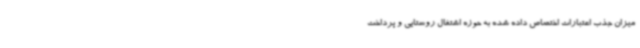
میزان جذب اعتبارات اختصاص داده شده به حوزه اشتغال روستایی و پرداخت